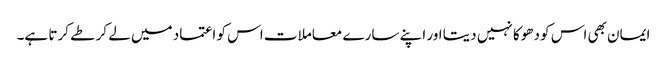
ایمان بھی اس کو دھوکا نہیں دیتا اور اپنے سارے معاملات اس کو اعتماد میں لے کر طے کرتا ہے۔